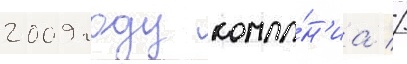
2009 году компа́н'иа //